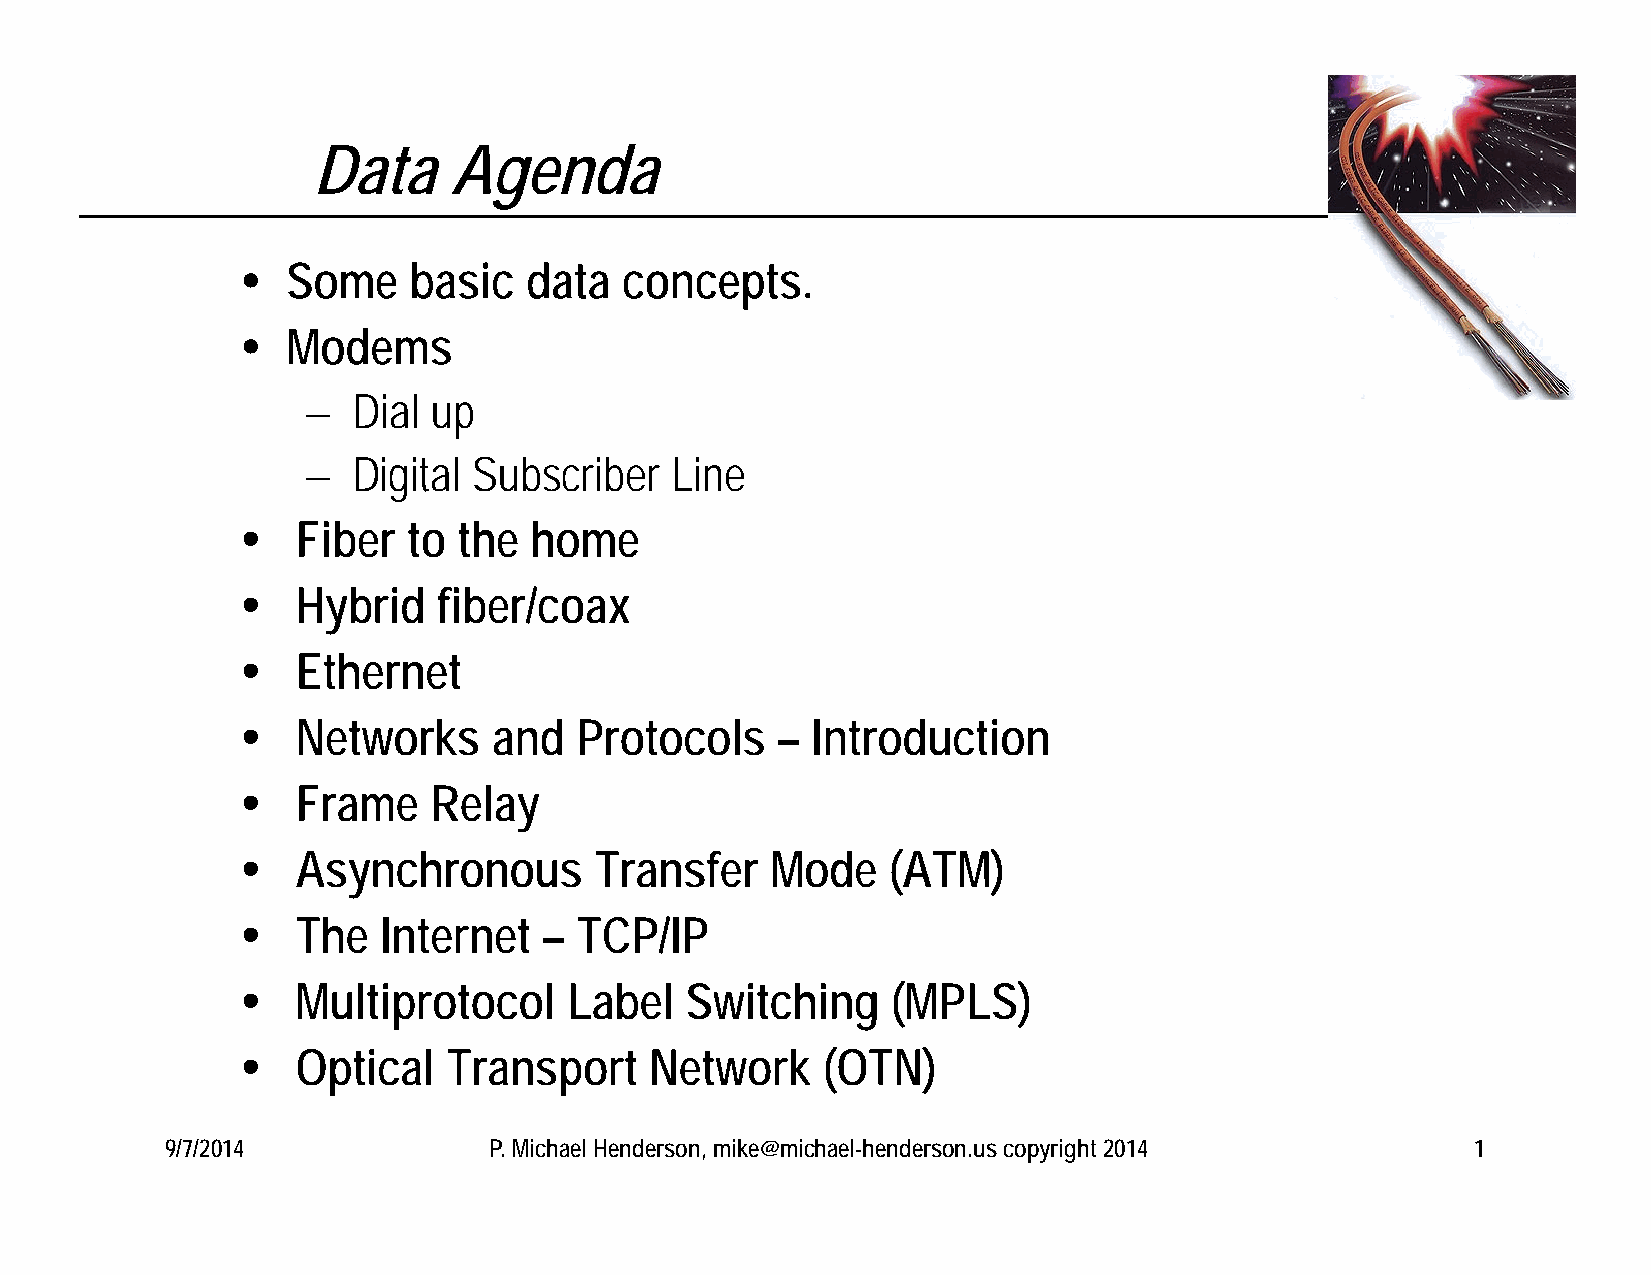
Data     Agenda
   Some    basic   data  concepts.
   Modems
   Dial  up
   Digital Subscriber   Line
    Fiber  to the  home
    Hybrid   fiber/coax
    Ethernet
    Networks     and  Protocols    –  Introduction
    Frame   Relay
    Asynchronous       Transfer    Mode    (ATM)
    The  Internet   – TCP/IP
    Multiprotocol     Label  Switching     (MPLS)
    Optical   Transport    Network    (OTN)
 9/7/2014             P. Michael Henderson, mike@michael-henderson.us copyright 2014    1